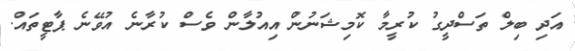
އަދި ބިލް ތަސްދީގު ކުރީމާ ކޮމިޝަނުން އިއުލާން ވެސް ކުރާނެ އުވޭނެ ޕާޓީތައް.